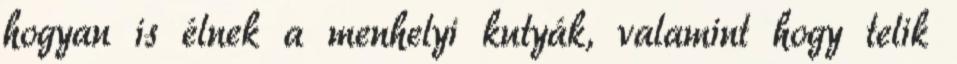
hogyan is élnek a menhelyi kutyák, valamint hogy telik